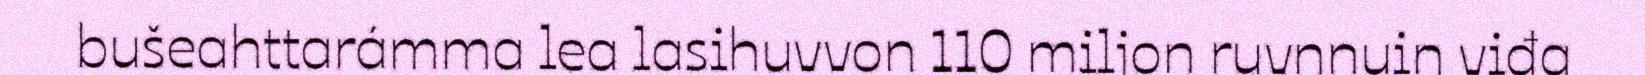
bušeahttarámma lea lasihuvvon 110 miljon ruvnnuin viđa